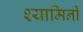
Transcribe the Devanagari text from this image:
श्यामिनी